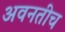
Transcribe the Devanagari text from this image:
अवनतीच